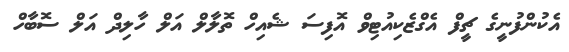
އެކުންފުނީގެ ޗީފް އެގްޒެކިއުޓިވް އޮފިސަ ޝެއިހް ތޮލާލް އަލް ހާލިދް އަލް ސޮބާހް